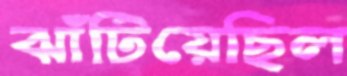
ঝাঁটিয়েছিল